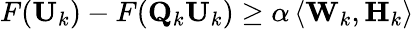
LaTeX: F(\mathbf{U}_{k})-F(\mathbf{Q}_{k}\mathbf{U}_{k})\geq\alpha\left\langle\mathbf{W}_{k},\mathbf{H}_{k}\right\rangle